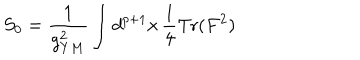
LaTeX: S _ { 0 } = { \frac { 1 } { g _ { Y M } ^ { 2 } } } \int d ^ { p + 1 } x \, { \frac { 1 } { 4 } } \mathrm { T r } ( F ^ { 2 } )